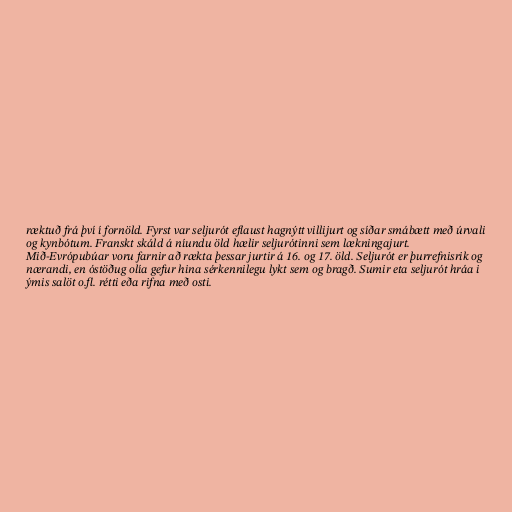
ræktuð frá því í fornöld. Fyrst var seljurót eflaust hagnýtt villijurt og síðar smábætt með úrvali
og kynbótum. Franskt skáld á níundu öld hælir seljurótinni sem lækningajurt.
Mið-Evrópubúar voru farnir að rækta þessar jurtir á 16. og 17. öld. Seljurót er þurrefnisrik og
nærandi, en óstöðug olía gefur hina sérkennilegu lykt sem og bragð. Sumir eta seljurót hráa i
ýmis salöt o.fl. rétti eða rifna með osti.